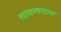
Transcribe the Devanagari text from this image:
लावण्यगाभा